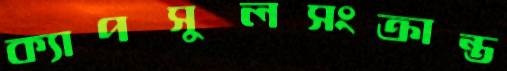
ক্যাপসুলসংক্রান্ত